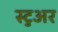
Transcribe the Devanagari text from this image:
स्टुअर